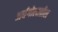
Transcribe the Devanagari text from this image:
अर्धगोलातील